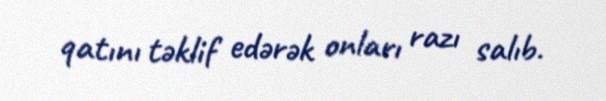
qatını təklif edərək onları razı salıb.